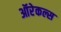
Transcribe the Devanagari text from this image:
ऑरेकल्स